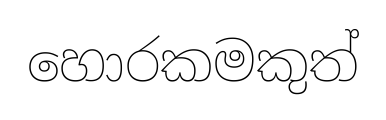
හොරකමකුත්